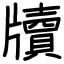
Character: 牘